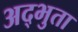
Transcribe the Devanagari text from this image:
अद्भुता